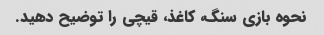
نحوه بازی سنگ، کاغذ، قیچی را توضیح دهید.